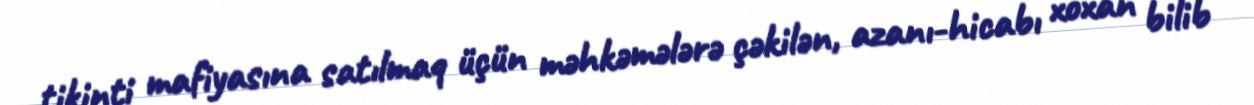
tikinti mafiyasına satılmaq üçün məhkəmələrə çəkilən, azanı-hicabı xoxan bilib